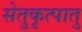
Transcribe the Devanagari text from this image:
सेतुकृत्पातु